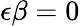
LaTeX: \epsilon\beta=0